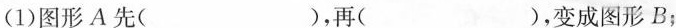
(1)图形A先( )，再( )，变成图形B；